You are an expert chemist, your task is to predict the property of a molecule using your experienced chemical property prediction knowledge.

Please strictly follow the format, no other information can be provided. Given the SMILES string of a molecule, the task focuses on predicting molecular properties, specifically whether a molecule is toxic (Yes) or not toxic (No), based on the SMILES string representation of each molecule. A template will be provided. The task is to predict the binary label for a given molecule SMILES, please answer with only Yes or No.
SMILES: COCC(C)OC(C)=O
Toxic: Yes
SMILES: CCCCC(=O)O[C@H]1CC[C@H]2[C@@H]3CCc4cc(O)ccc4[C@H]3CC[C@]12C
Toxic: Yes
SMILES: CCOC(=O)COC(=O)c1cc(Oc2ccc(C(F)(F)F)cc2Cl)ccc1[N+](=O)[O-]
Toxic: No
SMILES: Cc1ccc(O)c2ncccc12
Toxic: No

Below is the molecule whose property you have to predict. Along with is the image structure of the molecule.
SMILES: N#Cc1cc2ccccc2c2ccccc12
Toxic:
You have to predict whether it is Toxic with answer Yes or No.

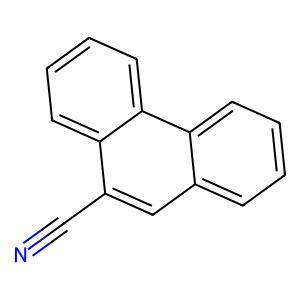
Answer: Yes